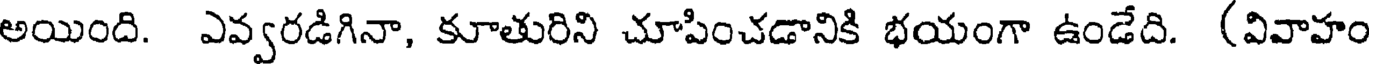
అయింది. ఎవ్వరడిగినా, కూతురిని చూపించడానికి భయంగా ఉండేది. (వివాహం